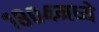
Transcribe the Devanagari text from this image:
१८०४मध्ये